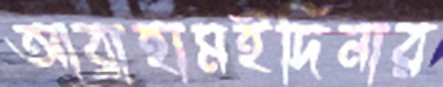
আব্রাহামইদিনার